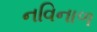
નવિનાળ